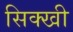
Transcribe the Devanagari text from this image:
सिक्खी